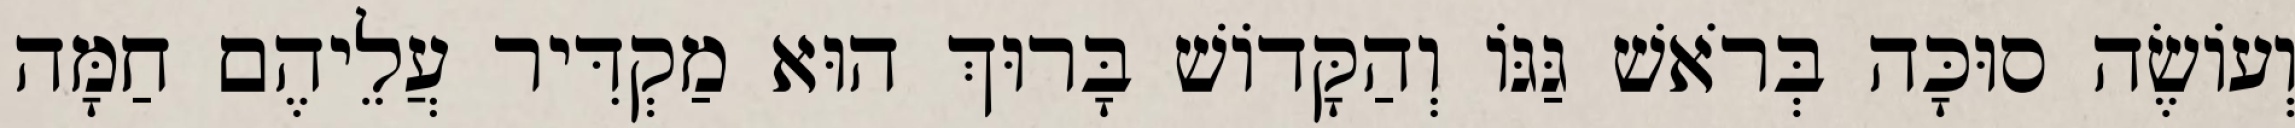
וְעוֹשֶׂה סוּכָּה בְּרֹאשׁ גַּגּוֹ וְהַקָּדוֹשׁ בָּרוּךְ הוּא מַקְדִּיר עֲלֵיהֶם חַמָּה